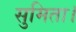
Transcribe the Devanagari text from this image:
सुमिता।